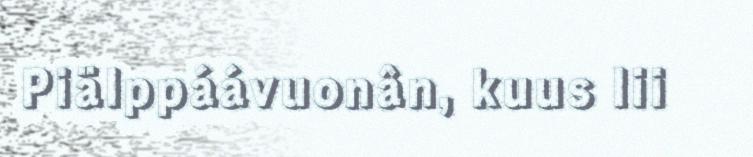
Piälppáávuonân, kuus lii